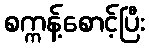
စက္ကန့်စောင့်ပြီး